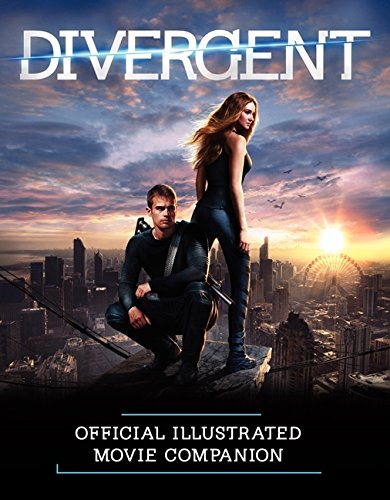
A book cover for Divergent Official Illustrated Movie Companion (Divergent Series); Kate Egan; Teen & Young Adult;